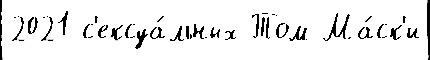
2021 с'ексуа́льных Том Ма́ск'и